Civil Veterinary Dept. Bombay admin report 1893-99 - 1893-1899
Year: 1893
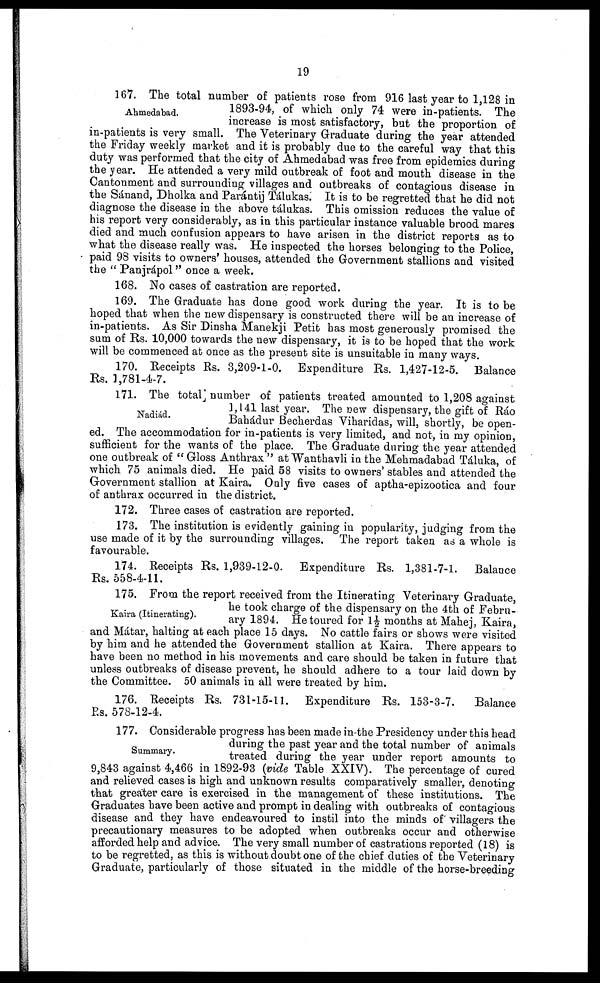
19
Ahmedabad.
167. The total number of patients rose from 916 last year to 1,128 in
1893-94, of which only 74 were in-patients. The
increase is most satisfactory, but the proportion of
in-patients is very small. The Veterinary Graduate during the year attended
the Friday weekly market and it is probably due to the careful way that this
duty was performed that the city of Ahmedabad was free from epidemics during
the year. He attended a very mild outbreak of foot and mouth disease in the
Cantonment and surrounding villages and outbreaks of contagious disease in
the Sánand, Dholka and Parántij Tálukas. It is to be regretted that he did not
diagnose the disease in the above tálukas. This omission reduces the value of
his report very considerably, as in this particular instance valuable brood mares
died and much confusion appears to have arisen in the district reports as to
what the disease really was. He inspected the horses belonging to the Police,
paid 98 visits to owners' houses, attended the Government stallions and visited
the "Panjrápol" once a week.
168. No cases of castration are reported.
169. The Graduate has done good work during the year. It is to be
hoped that when the new dispensary is constructed there will be an increase of
in-patients. As Sir Dinsha Manekji Petit has most generously promised the
sum of Rs. 10,000 towards the new dispensary, it is to be hoped that the work
will be commenced at once as the present site is unsuitable in many ways.
170. Receipts Rs. 3,209-1-0. Expenditure Rs. 1,427-12-5. Balance
Rs. 1,781-4-7.
Nadiád.
171. The total number of patients treated amounted to 1,208 against
1,141 last year. The new dispensary, the gift of Ráo
Bahádur Becherdas Viharidas, will, shortly, be open-
ed. The accommodation for in-patients is very limited, and not, in my opinion,
sufficient for the wants of the place. The Graduate during the year attended
one outbreak of "Gloss Anthrax" at Wanthavli in the Mehmadabad Táluka, of
which 75 animals died. He paid 58 visits to owners' stables and attended the
Government stallion at Kaira. Only five cases of aptha-epizootica and four
of anthrax occurred in the district.
172. Three cases of castration are reported.
173. The institution is evidently gaining in popularity, judging from the
use made of it by the surrounding villages. The report taken as a whole is
favourable.
174. Receipts Rs. 1,939-12-0. Expenditure Rs. 1,381-7-1. Balance
Rs. 558-4-11.
Kaira (Itinerating).
175. From the report received from the Itinerating Veterinary Graduate,
he took charge of the dispensary on the 4th of Febru-
ary 1894. He toured for 1½ months at Mahej, Kaira,
and Mátar, halting at each place 15 days. No cattle fairs or shows were visited
by him and he attended the Government stallion at Kaira. There appears to
have been no method in his movements and care should be taken in future that
unless outbreaks of disease prevent, he should adhere to a tour laid down by
the Committee. 50 animals in all were treated by him.
176. Receipts Rs. 731-15-11. Expenditure Rs. 153-3-7.
Balance
Rs. 578-12-4.
Summary.
177. Considerable progress has been made in-the Presidency under this head
during the past year and the total number of animals
treated during the year under report amounts to
9,843 against 4,466 in 1892-93 (vide Table XXIV). The percentage of cured
and relieved cases is high and unknown results comparatively smaller, denoting
that greater care is exercised in the management of these institutions. The
Graduates have been active and prompt in dealing with outbreaks of contagious
disease and they have endeavoured to instil into the minds of villagers the
precautionary measures to be adopted when outbreaks occur and otherwise
afforded help and advice. The very small number of castrations reported (18) is
to be regretted, as this is without doubt one of the chief duties of the Veterinary
Graduate, particularly of those situated in the middle of the horse-breeding